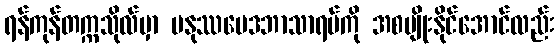
ရန်ကုန်တက္ကသိုလ်မှာ မနုဿဗေဒဘာသာရပ်ကို အစပျိုးနိုင်အောင်လည်း